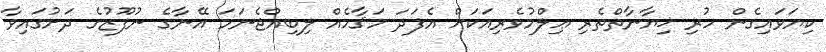
ކިޔަވައިގެން ހުރި ޚިޔާނާތްތެރި ޢިލްމުވެރިއަކަށް އެފަދަ މަޤާމެއް ލިބިއްޖެނަމަ އޭނާގެ ނުފޫޒުގެ ދަށުގައިވާ